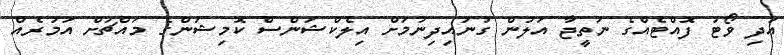
އަދި ވޯޓު ފޮއްޓެއްގެ ނަތީޖާ އަލުން ގުނައިދިނުމަށް އިލެކްޝަންސް ކޮމިޝަންގެ މައްޗަށް އަމުރެއް